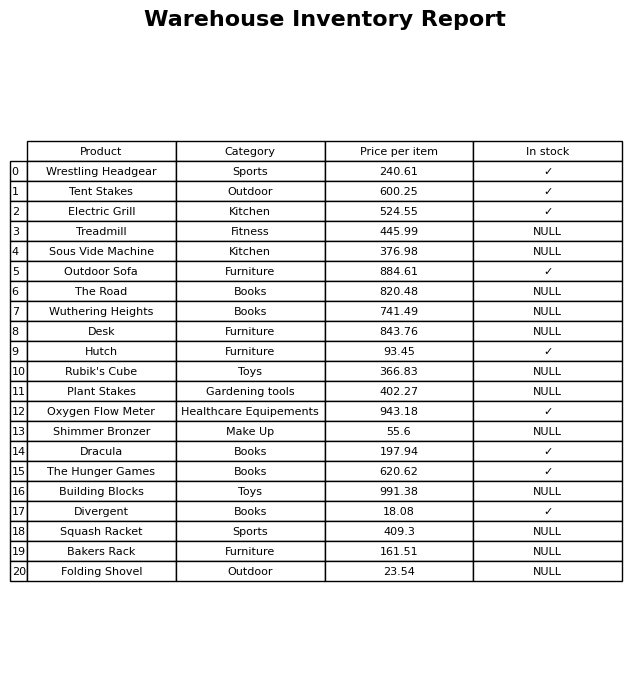
question: What is the price of the The Road?
answer: The price of The Road is 820.48.